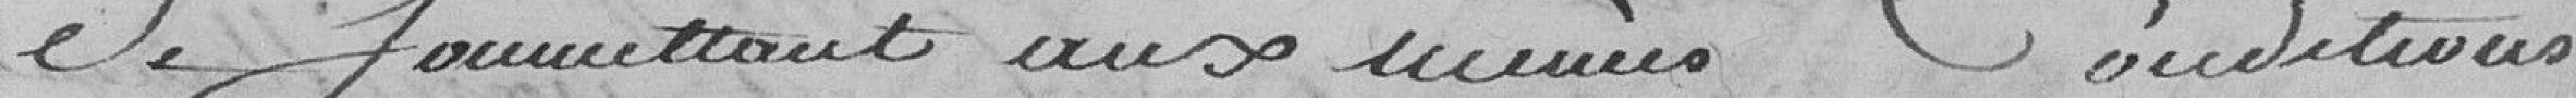
Se soumettant aux mêmes Conditions